Report on vaccination North-West Frontier Province 1904-1922 - 1904-1922
Year: 1904
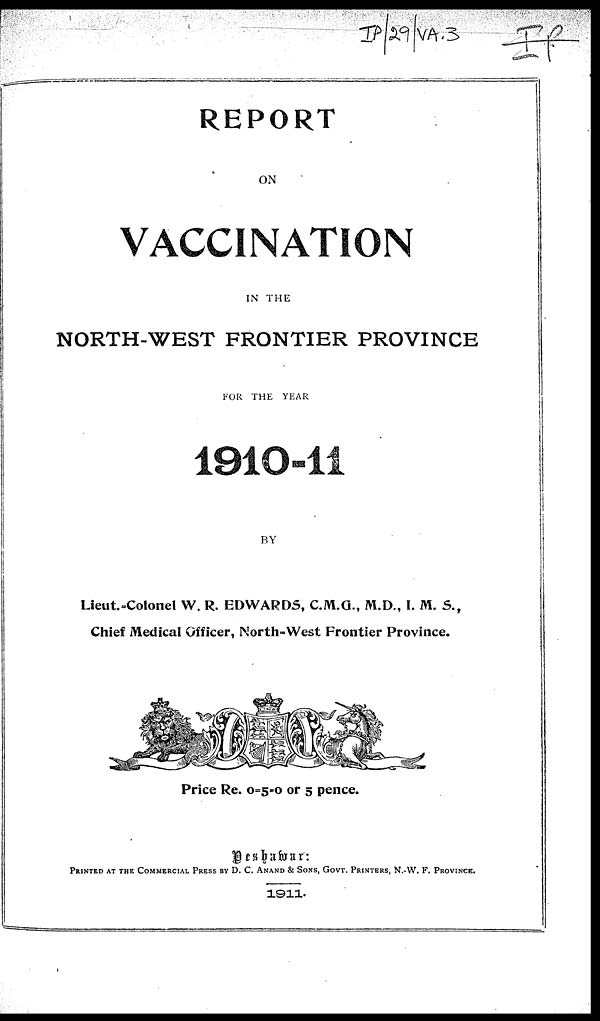
REPORT
ON
VACCINATION
IN THE
NORTH-WEST FRONTIER PROVINCE
FOR THE YEAR
1910-11
BY
Lieut.-Colonel W. R. EDWARDS, C.M.G., M.D., I. M. S.,
Chief Medical Officer, North-West Frontier Province.
Price Re. 0=5-0 or 5 pence.
Peshawar:
PRINTED AT THE COMMERCIAL PRESS BY D. C. ANAND & SONS, GOVT. PRINTERS, N.-W. F. PROVINCE.
1911.